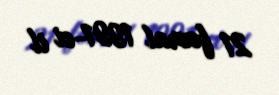
21 fevral 1991-ci il